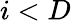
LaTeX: i<D